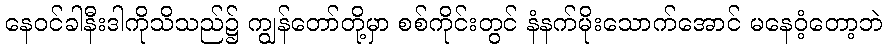
နေဝင်ခါနီးဒါကိုသိသည်၌ ကျွန်တော်တို့မှာ စစ်ကိုင်းတွင် နံနက်မိုးသောက်အောင် မနေဝံ့တော့ဘဲ